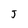
Character: J